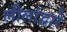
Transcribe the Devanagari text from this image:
लीलांद्वारे